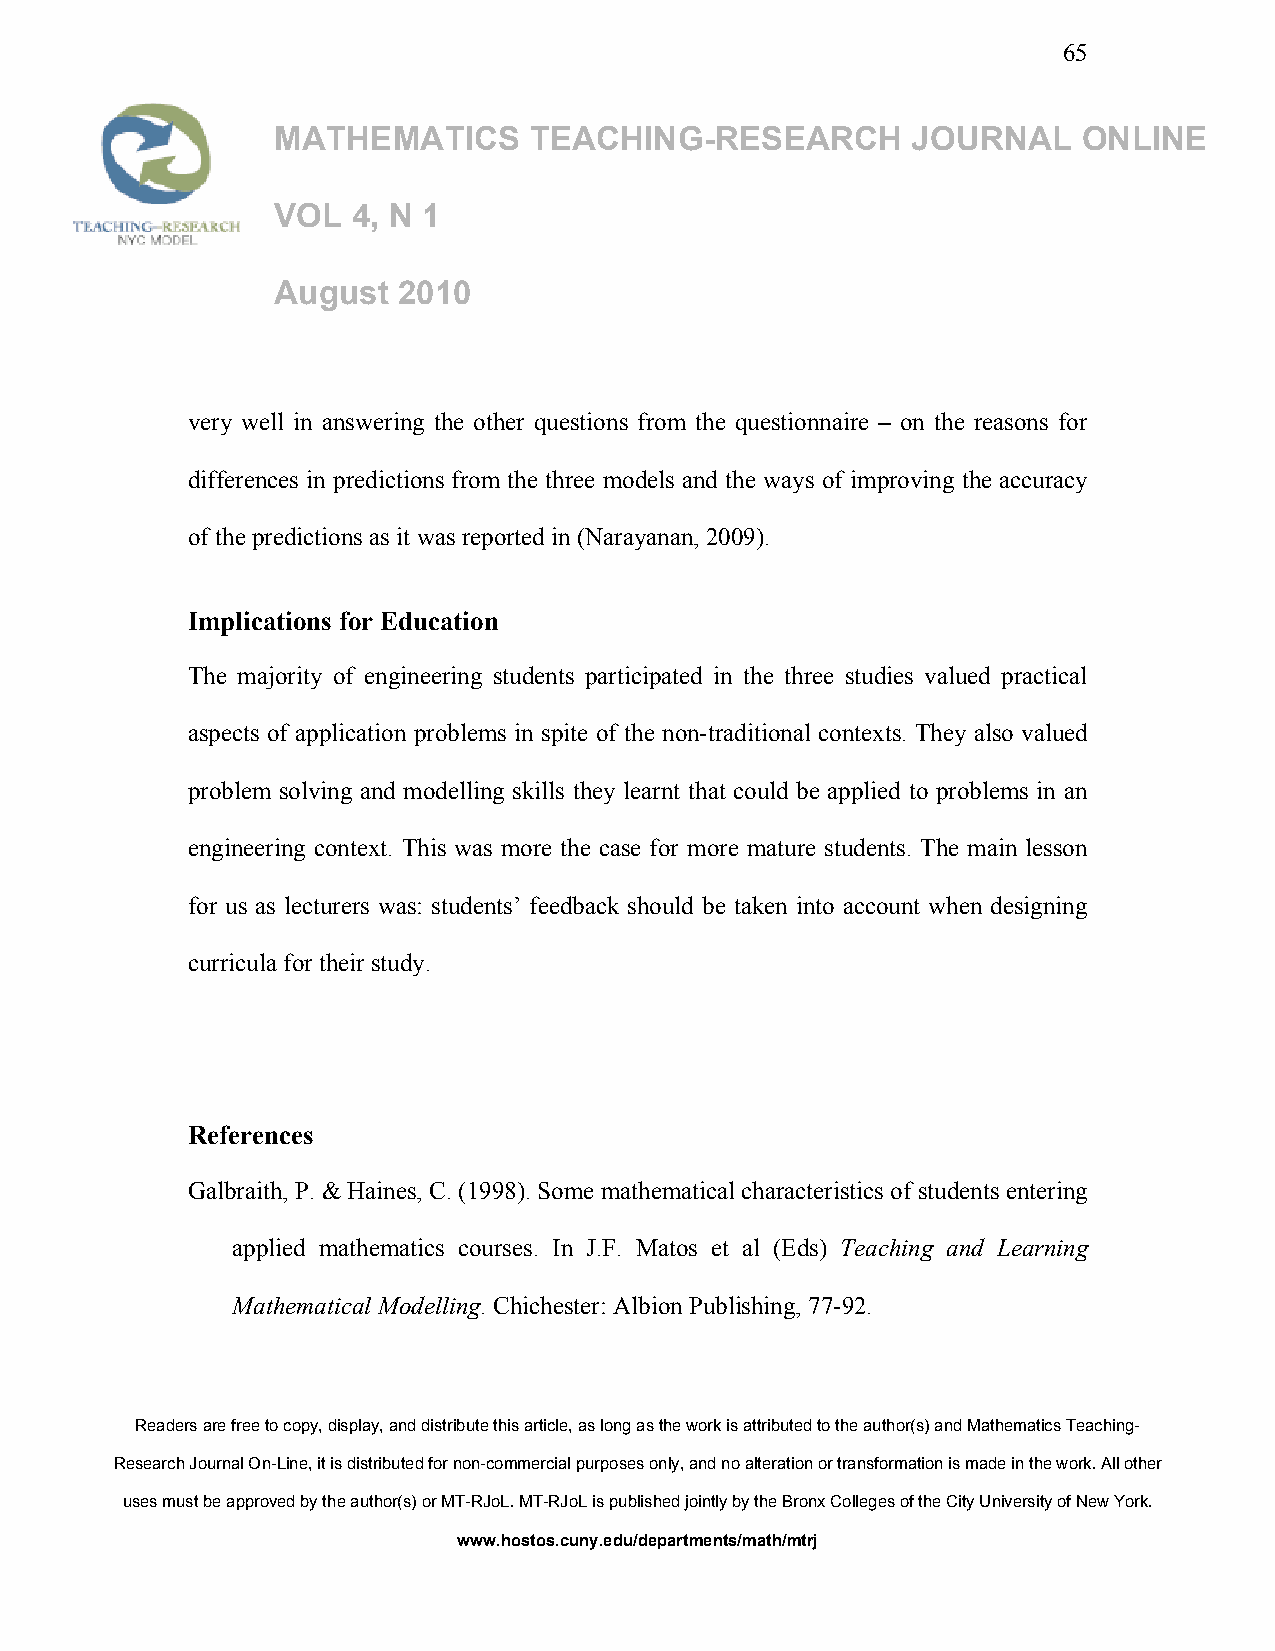
65
 MATHEMATICS      TEACHING-RESEARCH        JOURNAL     ONLINE
 VOL  4, N 1
 August  2010
 very well in answering the other questions from the questionnaire – on the reasons for
 differences in predictions from the three models and the ways of improving the accuracy
 of the predictions as it was reported in (Narayanan, 2009).
 Implications for Education
 The majority of engineering students participated in the three studies valued practical
 aspects of application problems in spite of the non-traditional contexts. They also valued
 problem solving and modelling skills they learnt that could be applied to problems in an
 engineering context. This was more the case for more mature students. The main lesson
 for us as lecturers was: students’ feedback should be taken into account when designing
 curricula for their study.
 References
 Galbraith, P. & Haines, C. (1998). Some mathematical characteristics of students entering
 applied mathematics courses. In J.F. Matos et al (Eds) Teaching and Learning
 Mathematical Modelling. Chichester: Albion Publishing, 77-92.
 Readers are free to copy, display, and distribute this article, as long as the work is attributed to the author(s) and Mathematics Teaching-
 Research Journal On-Line, it is distributed for non-commercial purposes only, and no alteration or transformation is made in the work. All other
 uses must be approved by the author(s) or MT-RJoL. MT-RJoL is published jointly by the Bronx Colleges of the City University of New York.
 www.hostos.cuny.edu/departments/math/mtrj